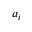
a _ { i }